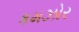
કમઝોર